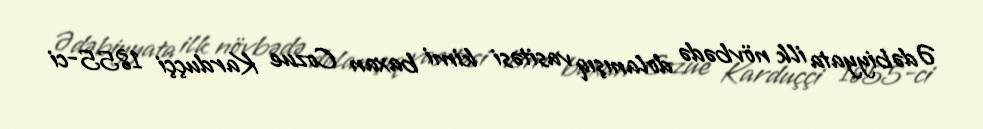
Ədəbiyyata ilk növbədə dolanışıq vasitəsi kimi baxan Cozue Karduççi 1855-ci